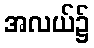
အလယ်၌